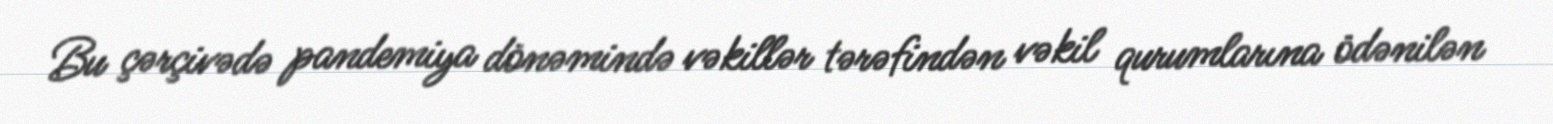
Bu çərçivədə pandemiya dönəmində vəkillər tərəfindən vəkil qurumlarına ödənilən